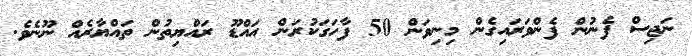
ނަޖިސް ފެނުން ފެންވަރައިގެން މިނިވަން 50 ފާހަގަކުރަން އައްޑޫ ރައްޔިތުން ތައްޔާރެއް ނޫނެވެ.